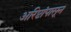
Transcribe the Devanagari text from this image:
अरिष्टांपासून